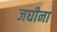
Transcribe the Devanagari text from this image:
जघीना